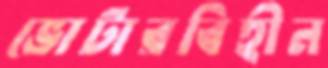
ভোটারবিহীন